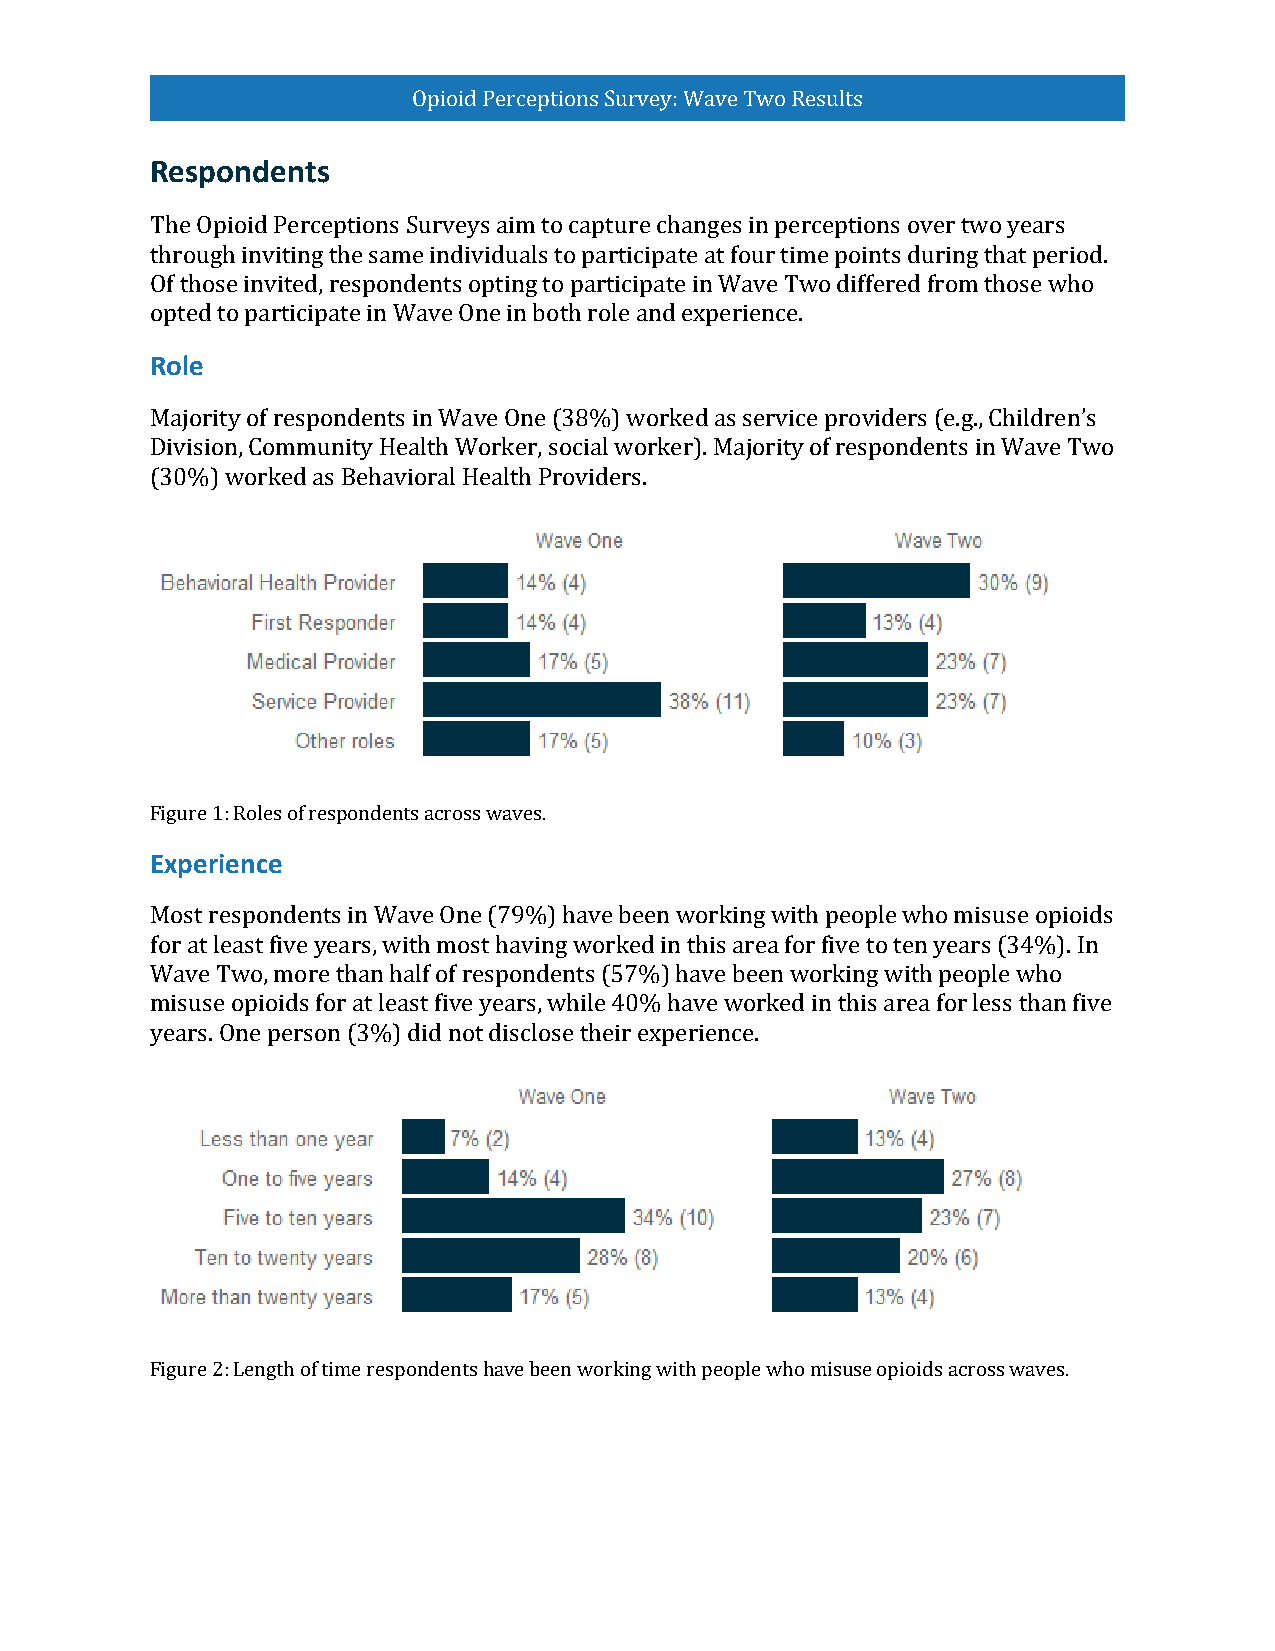
Opioid Perceptions Survey: Wave Two Results
 Respondents
 The Opioid Perceptions Surveys aim to capture changes in perceptions over two years
 through inviting the same individuals to participate at four time points during that period.
 Of those invited, respondents opting to participate in Wave Two differed from those who
 oRpotleed to participate in Wave One in both role and experience.
 Majority of respondents in Wave One (38%) worked as service providers (e.g., Children’s
 Division, Community Health Worker, social worker). Majority of respondents in Wave Two
 (30%) worked as Behavioral Health Providers.
 FEixgupree r1i:e Rnoclees of respondents across waves.
 Most respondents in Wave One (79%) have been working with people who misuse opioids
 for at least five years, with most having worked in this area for five to ten years (34%). In
 Wave Two, more than half of respondents (57%) have been working with people who
 misuse opioids for at least five years, while 40% have worked in this area for less than five
 years. One person (3%) did not disclose their experience.
 Figure 2: Length of time respondents have been working with people who misuse opioids across waves.